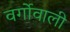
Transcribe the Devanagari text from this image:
वर्गोवाली